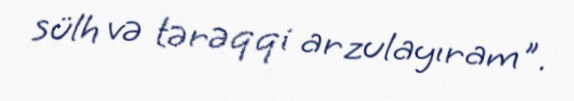
sülh və tərəqqi arzulayıram".